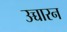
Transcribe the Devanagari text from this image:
उच्चारन